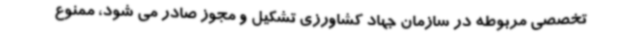
تخصصی مربوطه در سازمان جهاد کشاورزی تشکیل و مجوز صادر می شود، ممنوع